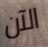
الآن